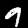
Label: 9